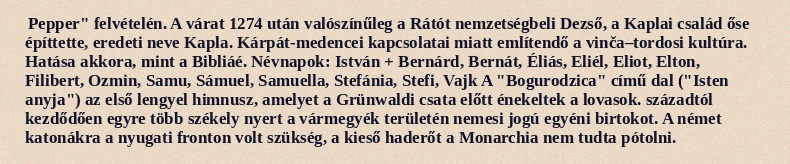
Pepper" felvételén. A várat 1274 után valószínűleg a Rátót nemzetségbeli Dezső, a Kaplai család őse építtette, eredeti neve Kapla. Kárpát-medencei kapcsolatai miatt említendő a vinča–tordosi kultúra. Hatása akkora, mint a Bibliáé. Névnapok: István + Bernárd, Bernát, Éliás, Eliél, Eliot, Elton, Filibert, Ozmin, Samu, Sámuel, Samuella, Stefánia, Stefi, Vajk A "Bogurodzica" című dal ("Isten anyja") az első lengyel himnusz, amelyet a Grünwaldi csata előtt énekeltek a lovasok. századtól kezdődően egyre több székely nyert a vármegyék területén nemesi jogú egyéni birtokot. A német katonákra a nyugati fronton volt szükség, a kieső haderőt a Monarchia nem tudta pótolni.